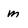
Character: M